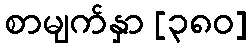
စာမျက်နှာ [၃၈၀]